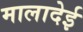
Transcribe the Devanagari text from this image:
मालादेई